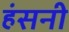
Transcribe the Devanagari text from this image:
हंसनी